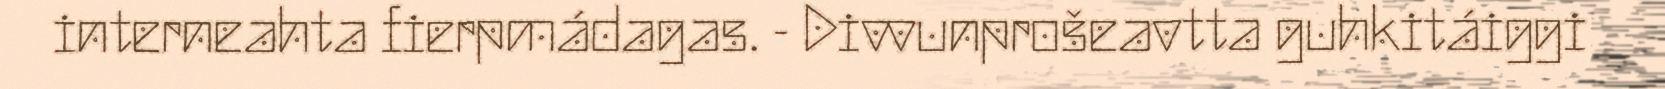
interneahta fierpmádagas. - Divvunprošeavtta guhkitáiggi